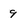
Character: 9